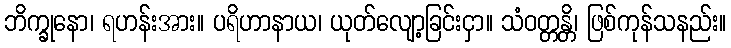
ဘိက္ခုနော၊ ရဟန်းအား။ ပရိဟာနာယ၊ ယုတ်လျော့ခြင်းငှာ။ သံဝတ္တန္တိ၊ ဖြစ်ကုန်သနည်း။